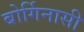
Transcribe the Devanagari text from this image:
बोर्गिनासी